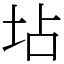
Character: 坫